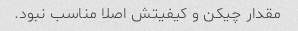
مقدار چیکن و کیفیتش اصلا مناسب نبود.